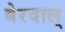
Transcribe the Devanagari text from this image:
बेरवाल्